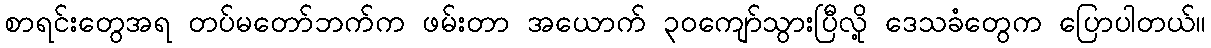
စာရင်းတွေအရ တပ်မတော်ဘက်က ဖမ်းတာ အယောက် ၃ဝကျော်သွားပြီလို့ ဒေသခံတွေက ပြောပါတယ်။